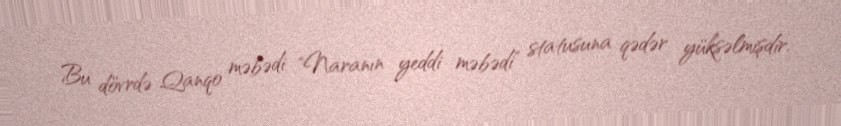
Bu dövrdə Qanqo məbədi "Naranın yeddi məbədi" statusuna qədər yüksəlmişdir.